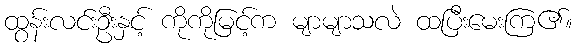
ထွန်းလင်းဦးနှင့် ကိုကိုမြင့်က မျာမျာသလဲ ထပြီးမေးကြ၏။